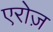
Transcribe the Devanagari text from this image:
एरोज़